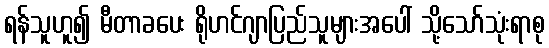
ရန်သူဟူ၍ မီတာခပေး ရိုဟင်ဂျာပြည်သူများအပေါ် သို့သော်သုံးရာစု